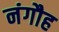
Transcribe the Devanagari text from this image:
नंगौह